65_HS1-834228961_62-HQ-83894_Section_5
Agency: FBI
Page 198
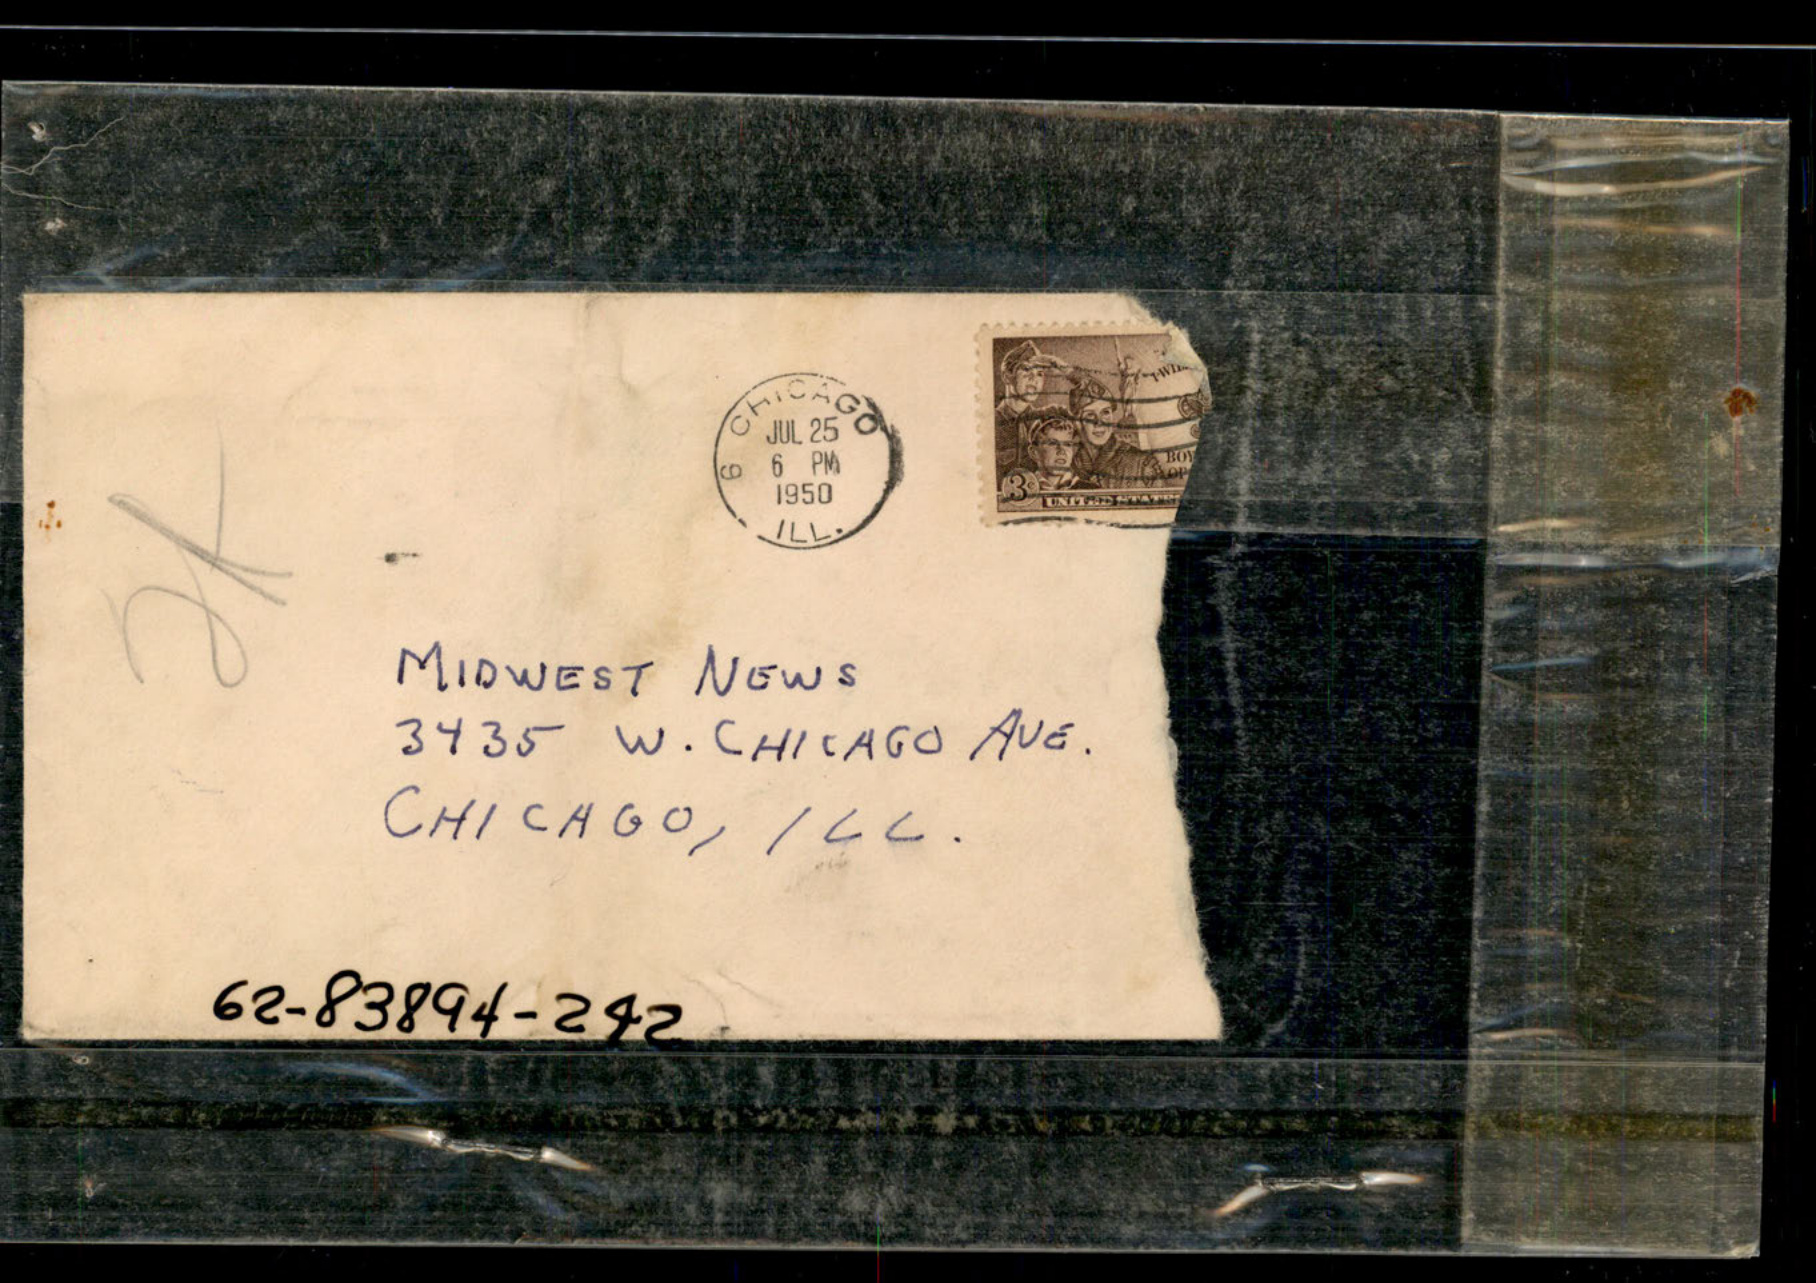